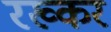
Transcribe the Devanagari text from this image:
रख्कर